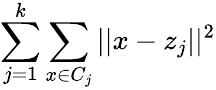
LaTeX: \sum_{j=1}^{k}\sum_{x\in C_{j}}||x-z_{j}||^{2}